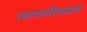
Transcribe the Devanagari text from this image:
त्यापलीकडचं